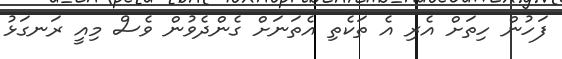
ފަހުން ހިތަށް އެރި އެ ތަކެތި އެތަނަށް ގެންދެވުން ވެސް މިއީ ރަނގަޅު